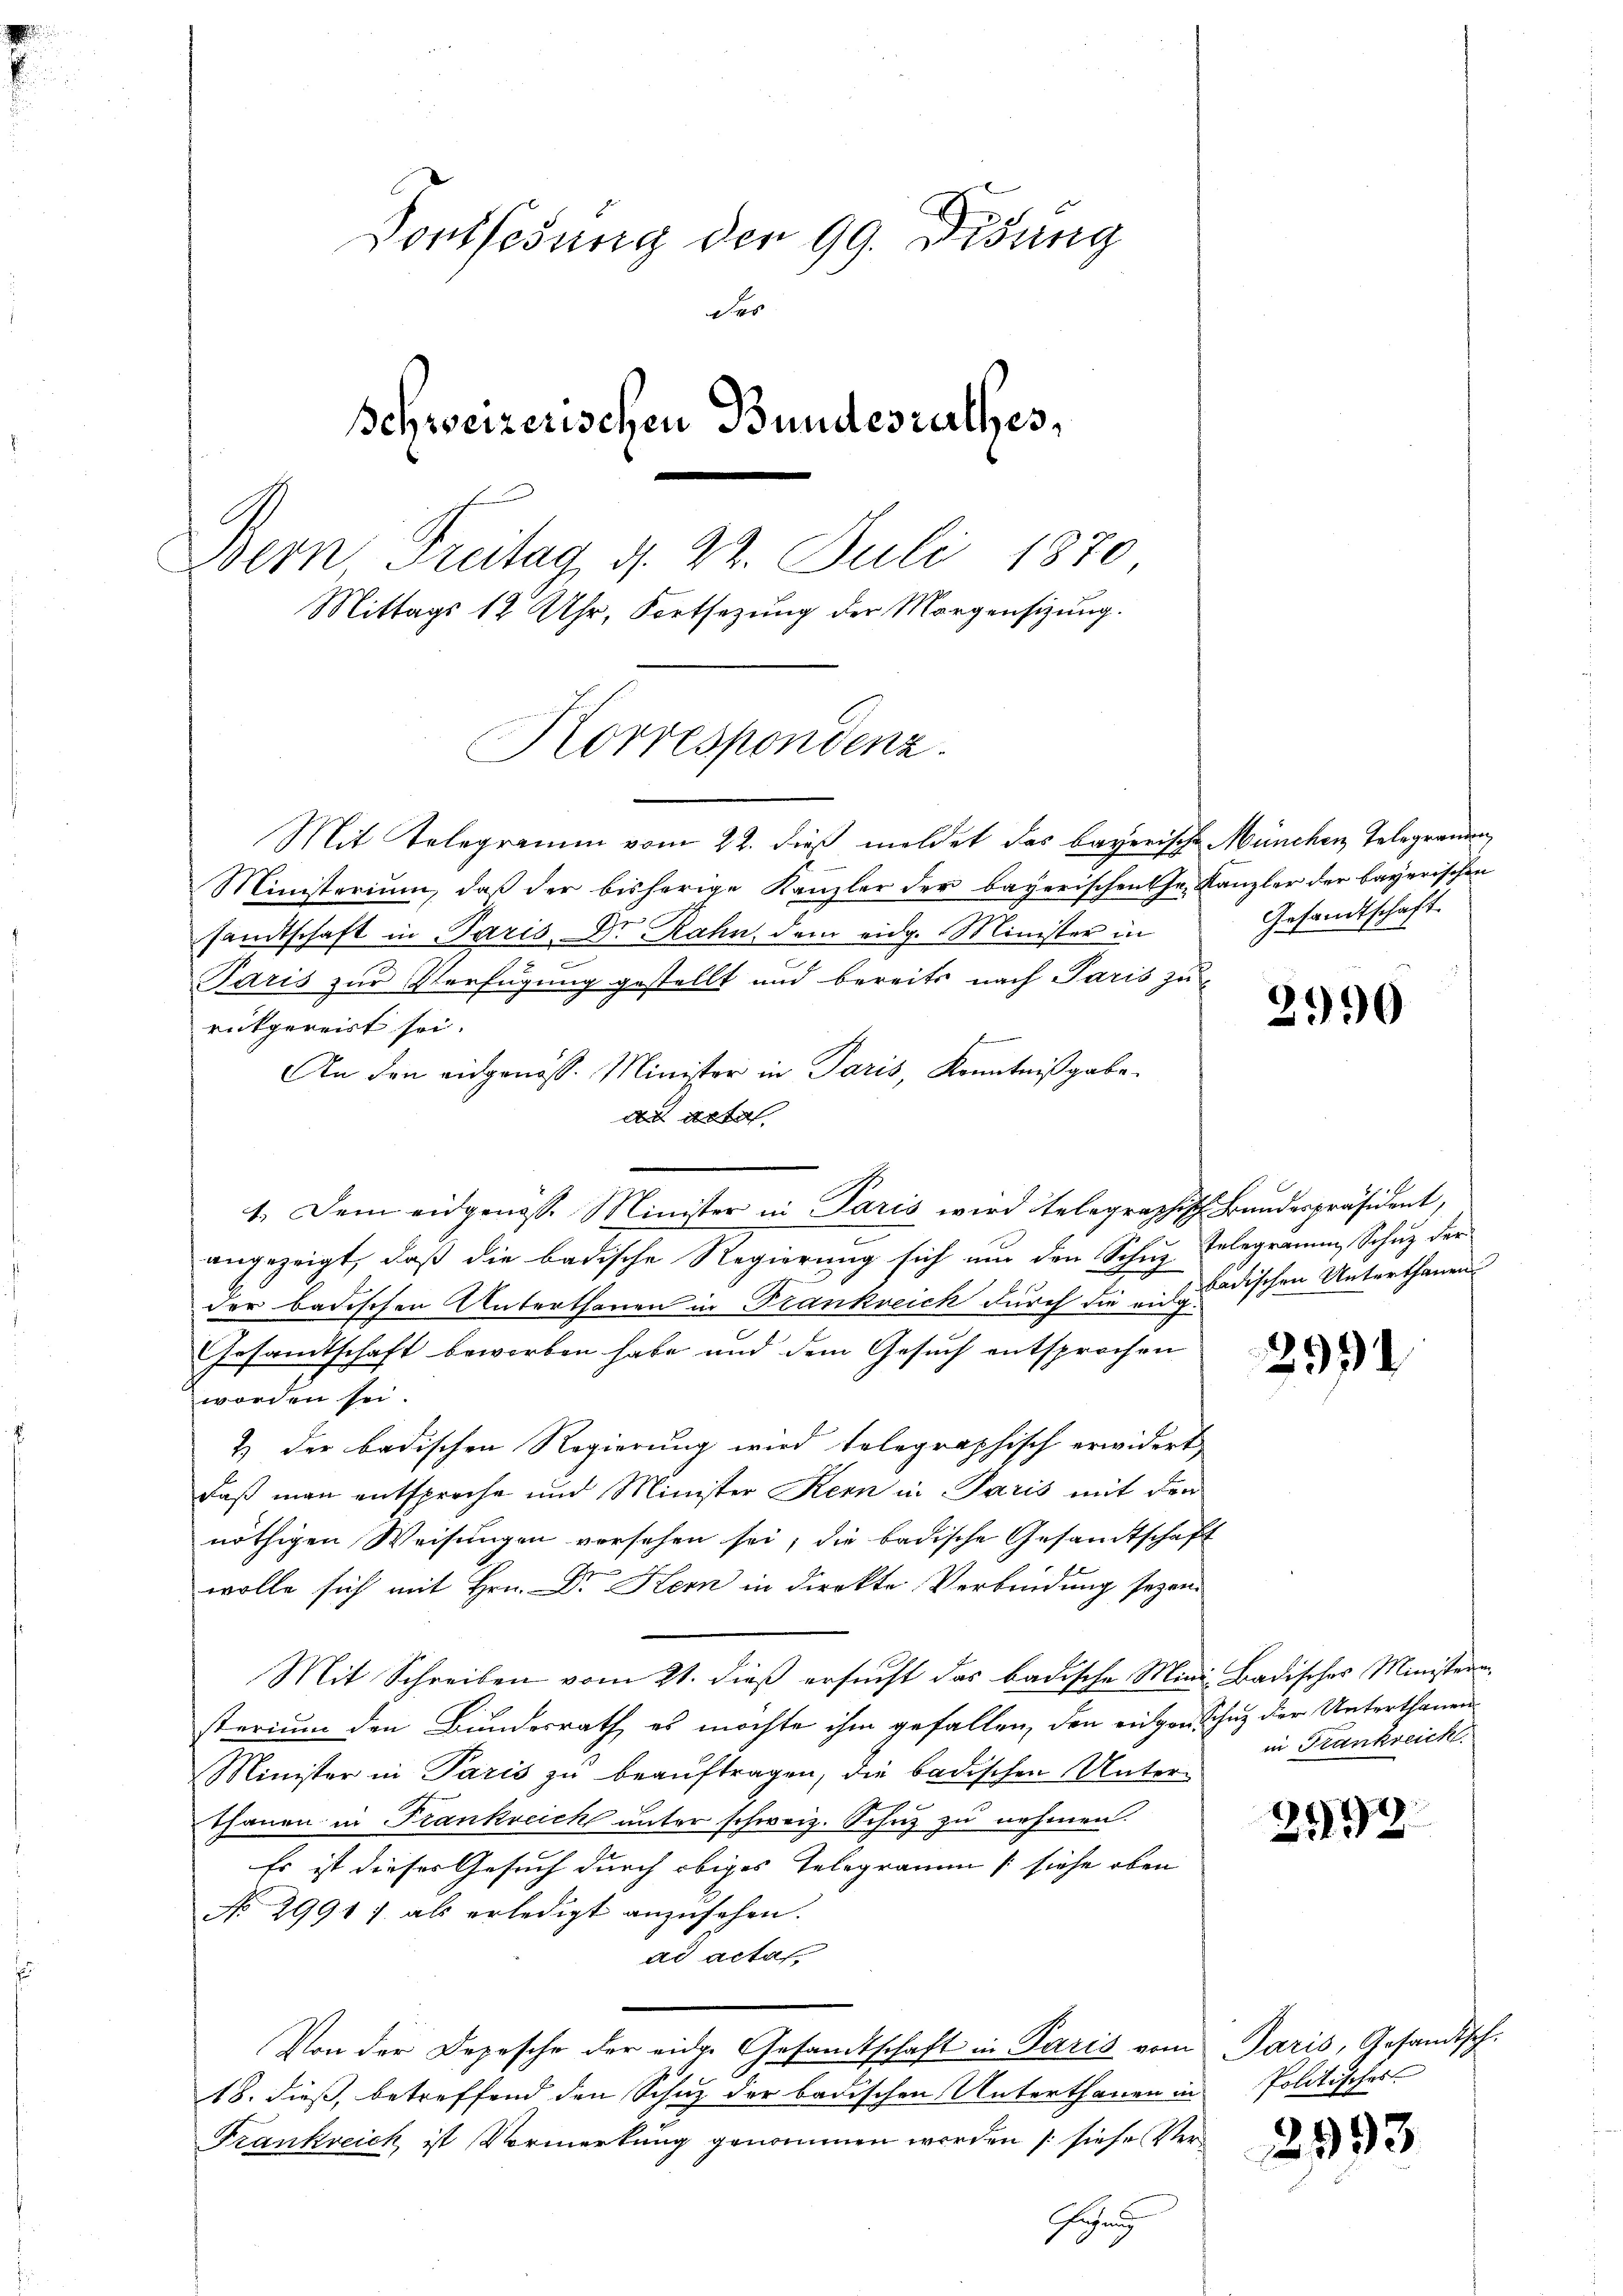
Donthebung der 99. Disung
der
Schweizerischen Bundesrathes,
Bern Freitag d. 22. Juli 1870
Mittags 12 Uhr, Fortsezung der Morgensizung.

Korrespondenz.

Mit Telegramm vom 22. dieß meldet das bayerische München Telegrammen
Ministerium, daß der bisherige Kanzler der bayerischen her Kanzler der bayerischen
samtschaft in Paris Dr. Rahn, dem eidg. Minister in
e
Paris zur Verfügung gestellt und bereits nach Paris zu
rückgereist sei.
An den eidgenöss. Minister in Paris, Kenntnißgabe.
d acta
2
1. Dem eidgenösse Minister in Paris wird telegraphisch Bundespräsident,
angezeigt, daß die badische Regierung sich um den Schuz Telegramm, Schutz der
der badischen Unterthanen in Frankreich durch die aus dischen Unterthanen
Gesandtschaft beworben habe und dem Gesuch entsprochen
worden sei.
& der badischen Regierung wird telegraphisch erwidert,
daß man entsproche und Minister Kern in Paris mit den
nöthigen Weisungen versehen sei, die badische Gesandtschaft
wolle sich mit Hrn. Dr Hern in direkte Verbindung sezen.
Mit Schreiben vom 21. dieß ersucht das badische Mini-Badisches Ministeren
sterium den Bundesrath es möchte ihm gefallen, den eingen Schuz der Unterthanen
Minister in Paris zu beauftragen, die badischen Unter-
thanen in Frankreich unter schweiz. Schuz zu nehmen.
Es ist dieser Gesuch durch obiges Telegramm (siehe oben
No 29917 als erledigt anzusehen.
ad acta
Von der Depesche der eidg. Gesamtschaft in Paris vom Paris, Gesandtsch.
18. dieß, betreffend den Schuz der badischen Unterthanen in Politischer
Frankreich ist Vormerkung genommen werden /: siehe Ver
Gehung

Gesandtschaft.

2990

299

in Frankreich

2199

2993